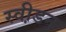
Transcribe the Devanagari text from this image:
स्वी़डन